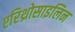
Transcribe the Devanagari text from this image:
एरिथ्रोसाइलिन